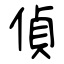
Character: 偵